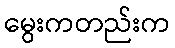
မွေးကတည်းက